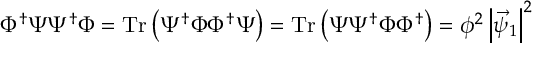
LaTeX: \Phi ^ { \dagger } \Psi \Psi ^ { \dagger } \Phi = \mathrm { T r } \left( \Psi ^ { \dagger } \Phi \Phi ^ { \dagger } \Psi \right) = \mathrm { T r } \left( \Psi \Psi ^ { \dagger } \Phi \Phi ^ { \dagger } \right) = \phi ^ { 2 } \left| \vec { \psi } _ { 1 } \right| ^ { 2 }